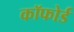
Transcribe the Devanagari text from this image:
कॉफोर्ड